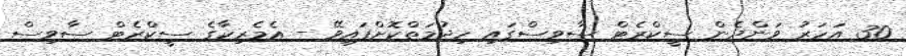
30 އަހަރު ވަންދެން ސީކްރެޓް ސާވިސްގައި ހިދުމަތްކޮށްފައިވޭ - އެމެރިކާގެ ސީކްރެޓް ސާވިސް